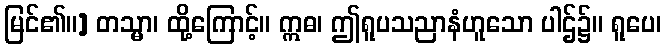
မြင်၏။] တသ္မာ၊ ထို့ကြောင့်။ ဣဓ၊ ဤရူပသညာနံဟူသော ပါဌ်၌။ ရူပေ၊